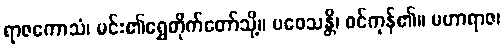
ရာဇကောသံ၊ မင်း၏ရွှေတိုက်တော်သို့။ ပဝေသန္တိ၊ ဝင်ကုန်၏။ မဟာရာဇ၊